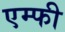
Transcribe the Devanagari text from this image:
एम्फी